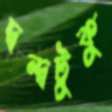
দ্বন্দ্বটুকু